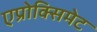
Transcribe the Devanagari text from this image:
एप्रोक्सिमेट